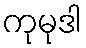
ကုမုဒါ